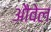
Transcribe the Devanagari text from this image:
औवेल